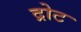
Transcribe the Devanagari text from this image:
द्रोट